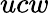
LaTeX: ucw